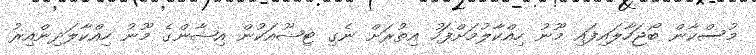
މުސްކާން ބޯޖަހާލައިފައި މޫނު ހިއްކާލުމަށްފަހު އިތުރަށް ނެގި ޓިޝޫއަކުން އިޝާންގެ މޫނު ހިއްކާލަދިންއިރު